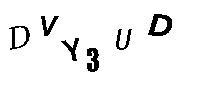
DVY3UD